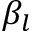
\beta _ { l }